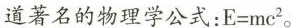
道著名的物理学公式：$$E=mc^{2}$$。